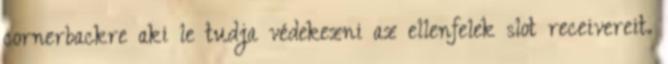
cornerbackre aki le tudja védekezni az ellenfelek slot receivereit.